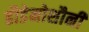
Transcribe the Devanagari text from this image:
हौडेनोशौनी